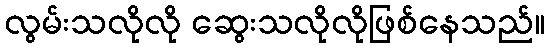
လွမ်းသလိုလို ဆွေးသလိုလိုဖြစ်နေသည်။